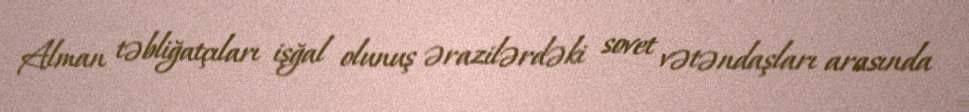
Alman təbliğatçıları işğal olunuş ərazilərdəki sovet vətəndaşları arasında